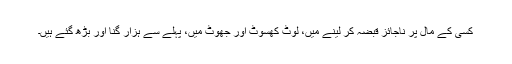
کسی کے مال پر ناجائز قبضہ کر لینے میں، لوٹ کھسوٹ اور جھوٹ میں، پہلے سے ہزار گنا اور بڑھ گئے ہیں۔